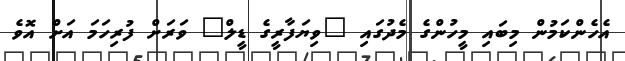
އެހެންކަމުން މިބައި މީހުންގެ މެދުގައި "ވިޔަފާރީގެ ޑީލް" ވަރަށް ފުރިހަމަ އަށް އޮވެ